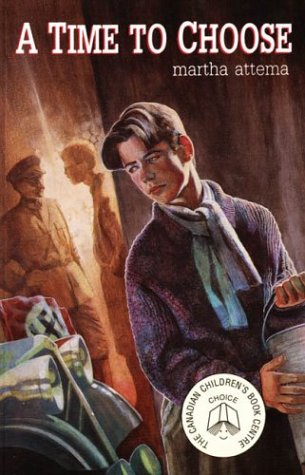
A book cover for A Time to Choose; Martha Attema; Teen & Young Adult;